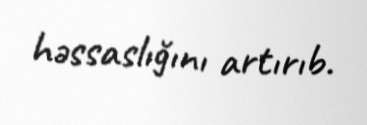
həssaslığını artırıb.